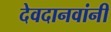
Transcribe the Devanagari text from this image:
देवदानवांनी